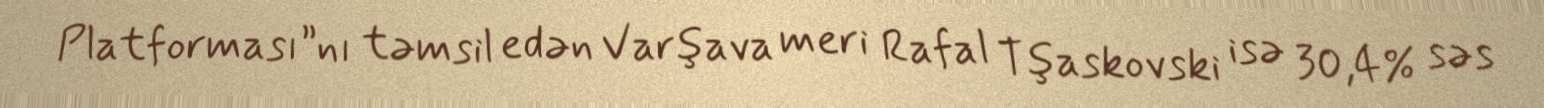
Platforması”nı təmsil edən Varşava meri Rafal Tşaskovski isə 30,4% səs